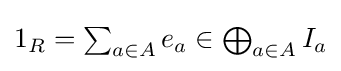
{\textstyle 1_{R}=\sum _{a\in A}e_{a}\in \bigoplus _{a\in A}I_{a}}